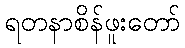
ရတနာစိန်ဖူးတော်